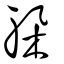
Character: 躲